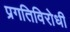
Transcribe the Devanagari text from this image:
प्रगतिविरोधी